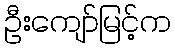
ဦးကျော်မြင့်က